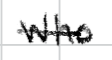
Text: who
Cross-out: single-line
Writing tool: digital_black